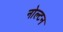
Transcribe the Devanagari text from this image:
नोल्टन